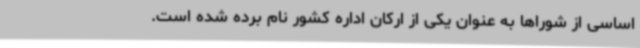
اساسی از شوراها به عنوان یکی از ارکان اداره کشور نام برده شده است.